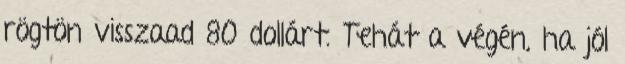
rögtön visszaad 80 dollárt. Tehát a végén, ha jól